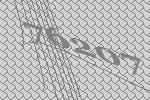
76207